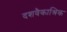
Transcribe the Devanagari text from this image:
दशवैकाश्रिक